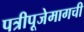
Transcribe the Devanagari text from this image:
पत्रीपूजेमागची